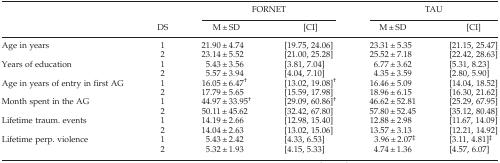
<table><thead><tr><td></td><td></td><td colspan="2"><b>FORNET</b></td><td colspan="2"><b>TAU</b></td></tr><tr><td></td><td><b>DS</b></td><td><b>M ± SD</b></td><td><b>[CI]</b></td><td><b>M ± SD</b></td><td><b>[CI]</b></td></tr></thead><tbody><tr><td>Age in years</td><td>1</td><td>21.90 ± 4.74</td><td>[19.75, 24.06]</td><td>23.31 ± 5.35</td><td>[21.15, 25.47]</td></tr><tr><td></td><td>2</td><td>23.14 ± 5.52</td><td>[21.00, 25.28]</td><td>25.52 ± 7.18</td><td>[22.42, 28.63]</td></tr><tr><td>Years of education</td><td>1</td><td>5.43 ± 3.56</td><td>[3.81, 7.04]</td><td>6.77 ± 3.62</td><td>[5.31, 8.23]</td></tr><tr><td></td><td>2</td><td>5.57 ± 3.94</td><td>[4.04, 7.10]</td><td>4.35 ± 3.59</td><td>[2.80, 5.90]</td></tr><tr><td>Age in years of entry in first AG</td><td>1</td><td>16.05 ± 6.47†</td><td>[13.02, 19.08]†</td><td>16.46 ± 5.09</td><td>[14.04, 18.52]</td></tr><tr><td></td><td>2</td><td>17.79 ± 5.65</td><td>[15.59, 17.98]</td><td>18.96 ± 6.15</td><td>[16.30, 21.62]</td></tr><tr><td>Month spent in the AG</td><td>1</td><td>44.97 ± 33.95†</td><td>[29.09, 60.86]†</td><td>46.62 ± 52.81</td><td>[25.29, 67.95]</td></tr><tr><td></td><td>2</td><td>50.11 ± 45.62</td><td>[32.42, 67.80]</td><td>57.80 ± 52.45</td><td>[35.12, 80.48]</td></tr><tr><td>Lifetime traum. events</td><td>1</td><td>14.19 ± 2.66</td><td>[12.98, 15.40]</td><td>12.88 ± 2.98</td><td>[11.67, 14.09]</td></tr><tr><td></td><td>2</td><td>14.04 ± 2.63</td><td>[13.02, 15.06]</td><td>13.57 ± 3.13</td><td>[12.21, 14.92]</td></tr><tr><td>Lifetime perp. violence</td><td>1</td><td>5.43 ± 2.42</td><td>[4.33, 6.53]</td><td>3.96 ± 2.07‡</td><td>[3.11, 4.81]‡</td></tr><tr><td></td><td>2</td><td>5.32 ± 1.93</td><td>[4.15, 5.33]</td><td>4.74 ± 1.36</td><td>[4.57, 6.07]</td></tr></tbody></table>